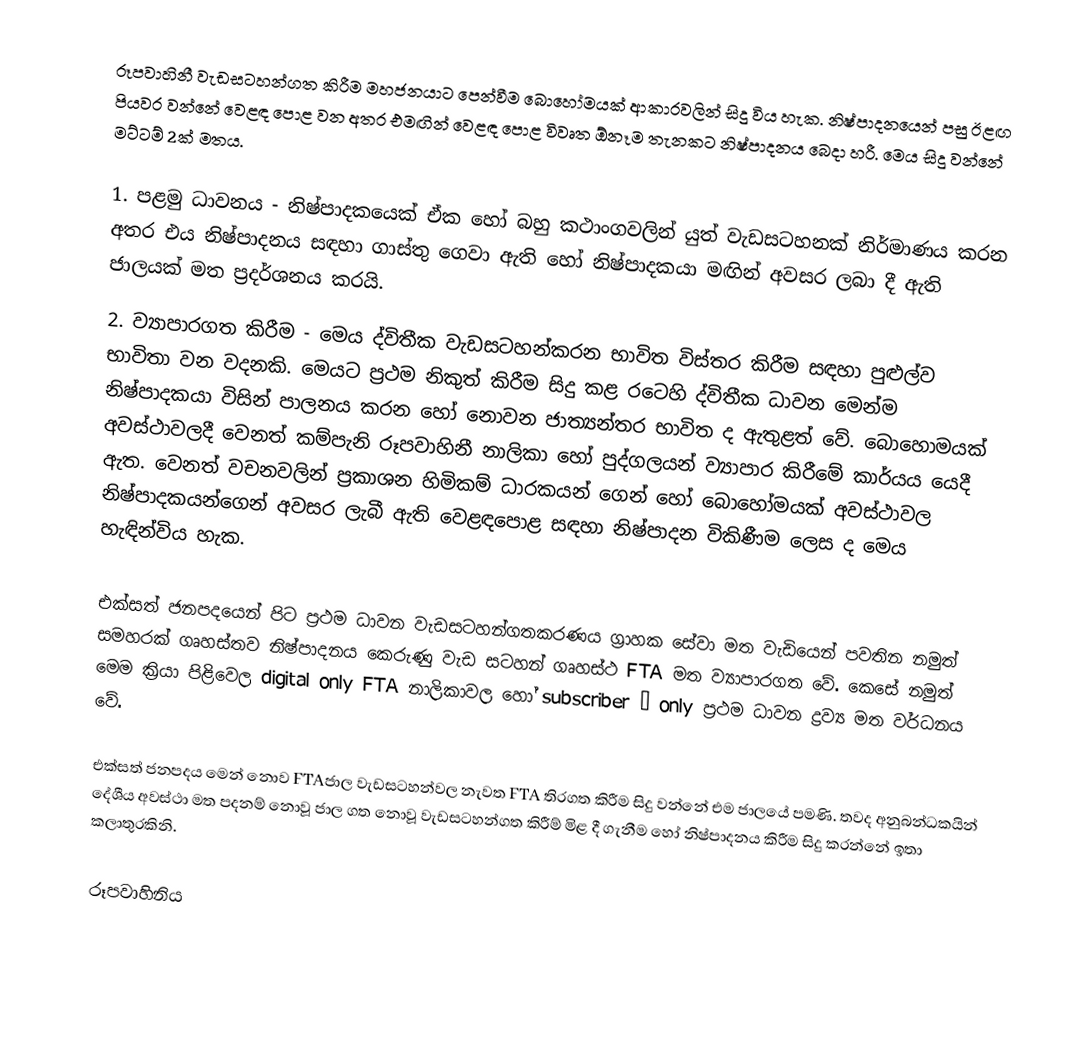
රූපවාහිනී වැඩසටහන්ගත කිරීම මහජනයාට පෙන්වීම බොහෝමයක් ආකාරවලින් සිදු විය හැක. නිෂ්පාදනයෙන් පසු ඊළඟ පියවර වන්නේ වෙළඳ පොළ වන අතර එමඟින් වෙළඳ පොළ විවෘත ඕනෑම තැනකට නිෂ්පාදනය බෙදා හරී. මෙය සිදු වන්නේ මට්ටම් 2ක් මතය.

1.	පළමු ධාවනය - නිෂ්පාදකයෙක් ඒක හෝ බහු කථාංගවලින් යුත් වැඩසටහනක් නිර්මාණය කරන අතර එය නිෂ්පාදනය සඳහා ගාස්තු ගෙවා ඇති හෝ නිෂ්පාදකයා මඟින් අවසර ලබා දී ඇති ජාලයක් මත ප්‍රදර්ශනය කරයි.
2.	ව්‍යාපාරගත කිරීම -  මෙය ද්විතීක වැඩසටහන්කරන භාවිත විස්තර කිරීම සඳහා පුළුල්ව භාවිතා වන වදනකි. මෙයට ප්‍රථම නිකුත් කිරීම සිදු කළ රටෙහි ද්විතීක ධාවන මෙන්ම නිෂ්පාදකයා විසින් පාලනය කරන ‍හෝ නොවන ජාත්‍යන්තර භාවිත ද ඇතුළත් වේ. බොහොමයක් අවස්ථාවලදී වෙනත් කම්පැනි රූපවාහිනී නාලිකා හෝ පුද්ගලයන් ව්‍යාපාර කිරීමේ කාර්යය යෙදී ඇත. වෙනත් වචනවලින් ප්‍රකාශන හිමිකම් ධාරකයන් ගෙන් හෝ බොහෝමයක් අවස්ථාවල නිෂ්පාදකයන්ගෙන් අවසර ලැබී ඇති වෙළඳ‍පොළ සඳහා නිෂ්පාදන විකිණීම ලෙස ද මෙය හැඳින්විය හැක.

එක්සත් ජනපදයෙන් පිට ප්‍රථම ධාවන වැඩසටහන්ගතකරණය ග්‍රාහක සේවා මත වැඩියෙන් පවතින නමුත් සමහරක් ගෘහස්තව නිෂ්පාදනය කෙරුණු වැඩ සටහන් ගෘහස්ථ FTA මත ව්‍යාපාරගත වේ. කෙසේ නමුත් මෙම ක්‍රියා පිළිවෙල digital only FTA නාලිකාවල හෝ subscriber – only ප්‍රථම ධාවන ද්‍රව්‍ය මත වර්ධනය වේ.

එක්සත් ජනපදය මෙන් නොව FTAජාල වැඩසටහන්වල නැවත FTA තිරගත කිරීම සිදු වන්නේ එම ජාලයේ පමණි. තවද අනුබන්ධකයින් දේශීය අවස්ථා මත පදනම් නොවූ ජාල ‍ගත නොවූ වැඩසටහන්ගත කිරීම් මිළ දී ගැනීම හෝ නිෂ්පාදනය කිරීම සිදු කරන්නේ ඉතා කලාතුරකිනි.

රූපවාහිනිය